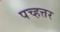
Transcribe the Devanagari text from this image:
पच्हत्तर